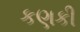
કણકી